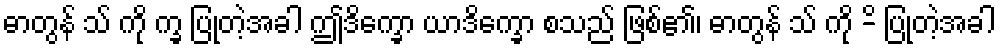
ဓာတွန် သ် ကို က္ခ ပြုတဲ့အခါ ဤဒိက္ခော ယာဒိက္ခော စသည် ဖြစ်၏၊ ဓာတွန် သ် ကို -ိ ပြုတဲ့အခါ